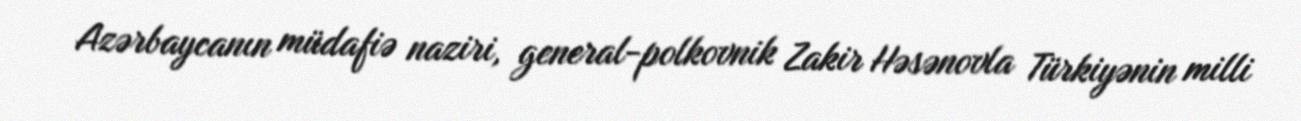
Azərbaycanın müdafiə naziri, general-polkovnik Zakir Həsənovla Türkiyənin milli